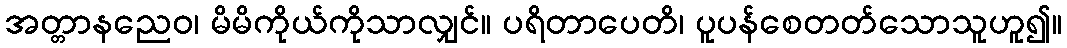
အတ္တာနညေဝ၊ မိမိကိုယ်ကိုသာလျှင်။ ပရိတာပေတိ၊ ပူပန်စေတတ်သောသူဟူ၍။